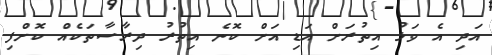
އަދި އެ ވަޅު އިތުރަށް އަޑި އަށް ކޮނެ އިތުރު ދިރާސާތަކެއް ކޮށްފި